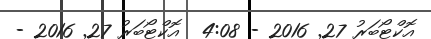
އޮކްޓޯބަރު 27